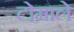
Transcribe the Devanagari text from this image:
टोमाले